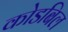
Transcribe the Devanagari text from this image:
कोडबिल